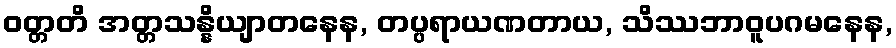
ဝတ္တတိ အတ္တသန္နိယျာတနေန, တပ္ပရာယဏတာယ, သိဿဘာဝူပဂမနေန,